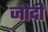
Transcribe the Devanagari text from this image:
जोदी